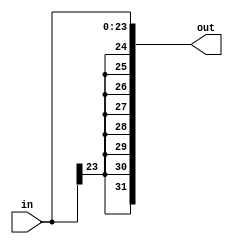
module offset_extender (
    input [23:0] in,
    output reg [31:0] out
);
    always @(*) begin
        out = {{8{in[23]}}, in[23:0]};
    end
endmodule